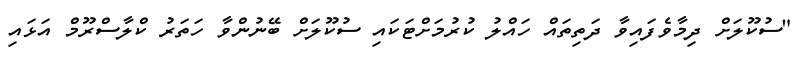
"ސުކޫލަށް ދިމާވެފައިވާ ދަތިތައް ހައްލު ކުރުމަށްޓަކައި ސުކޫލަށް ބޭނުންވާ ހަތަރު ކްލާސްރޫމް އަޅައި